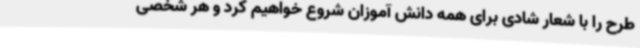
طرح را با شعار شادی برای همه دانش آموزان شروع خواهیم کرد و هر شخصی